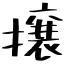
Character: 攘